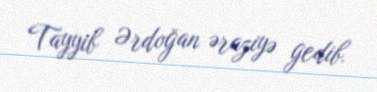
Tayyib Ərdoğan əraziyə gedib.